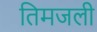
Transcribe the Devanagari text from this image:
तिमजली